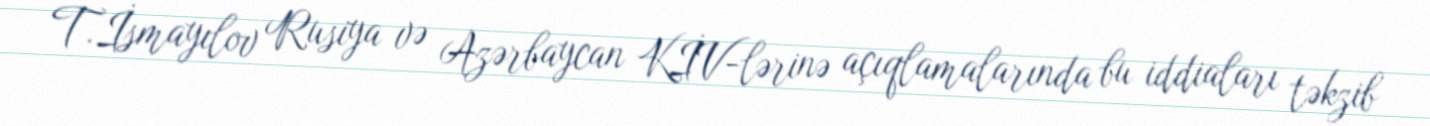
T.İsmayılov Rusiya və Azərbaycan KİV-lərinə açıqlamalarında bu iddiaları təkzib